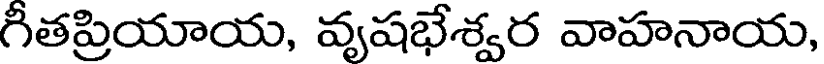
గీతప్రియాయ, వృషభేశ్వర వాహనాయ,